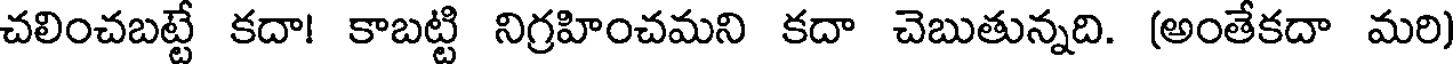
చలించబట్టే కదా! కాబట్టి నిగ్రహించమని కదా చెబుతున్నది. (అంతేకదా మరి)